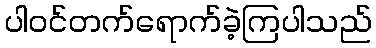
ပါဝင်တက်ရောက်ခဲ့ကြပါသည်